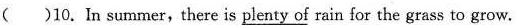
( )10.In summer,there is plenty of rain for the grass to grow.